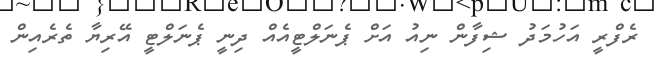
ރެފްރީ އަހުމަދު ޝިފާން ނިއު އަށް ޕެނަލްޓީއެއް ދިނީ ޕެނަލްޓީ އޭރިޔާ ތެރެއިން